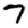
Digit: 7